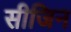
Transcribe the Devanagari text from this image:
सीजिन